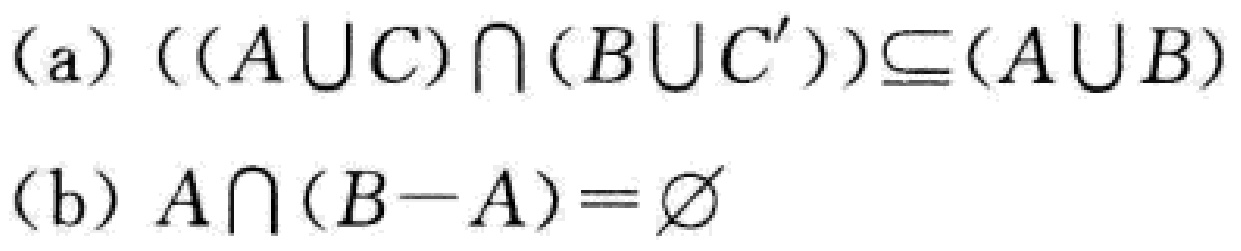
(a) $((A\cup C)\cap(B\cup C'))\subseteq(A\cup B)$

(b) $A\cap(B - A)=\varnothing$